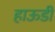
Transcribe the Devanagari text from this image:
हाऊडी